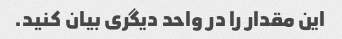
این مقدار را در واحد دیگری بیان کنید.